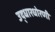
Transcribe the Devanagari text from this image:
उद्धारधोरणी